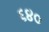
૬૪૦